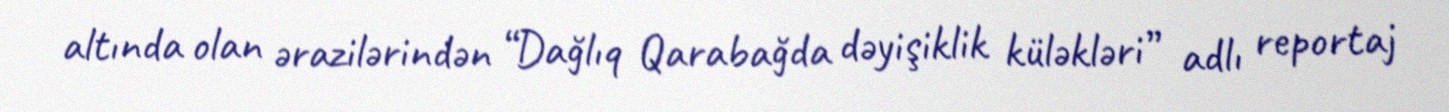
altında olan ərazilərindən “Dağlıq Qarabağda dəyişiklik küləkləri” adlı reportaj